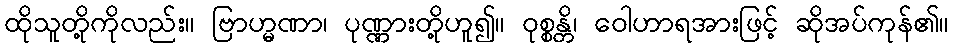
ထိုသူတို့ကိုလည်း။ ဗြာဟ္မဏာ၊ ပုဏ္ဏားတို့ဟူ၍။ ဝုစ္စန္တိ၊ ဝေါဟာရအားဖြင့် ဆိုအပ်ကုန်၏။